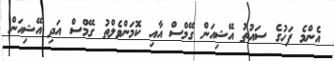
އެންމެ ފަހުގެ ސައުތު އޭޝިއަން ގޭމްސް އާއި ކޮމަންވެލްތު ގޭމްސް އަދި އޭޝިއަން